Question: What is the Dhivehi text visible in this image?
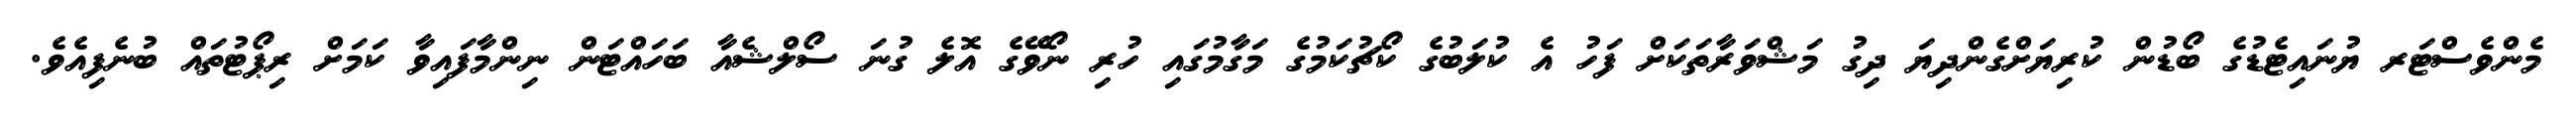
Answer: މެންވެސްޓަރ ޔުނައިޓެޑުގެ ބޯޑުން ކުރިޔަށްގެންދިޔަ ދިގު މަޝްވަރާތަކަށް ފަހު އެ ކުލަބުގެ ކޯޗުކަމުގެ މަގާމުގައި ހުރި ނޯވޭގެ އޮލެ ގުނަ ސޯލްޝެއާ ބަހައްޓަން ނިންމާފައިވާ ކަމަށް ރިޕޯޓުތައް ބުނެފިއެވެ.